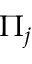
\Pi _ { j }